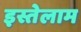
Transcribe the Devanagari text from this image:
इस्तेलाम